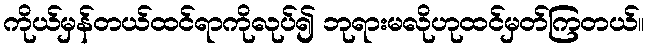
ကိုယ်မှန်တယ်ထင်ရာကိုလုပ်၍ ဘုရားမလိုဟုထင်မှတ်ကြတယ်။